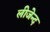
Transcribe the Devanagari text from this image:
लीजेन्द